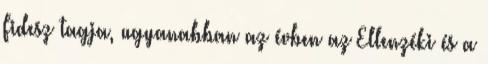
Fidesz tagja, ugyanabban az évben az Ellenzéki és a